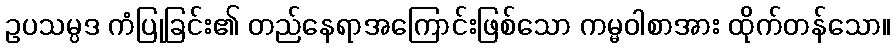
ဥပသမ္ပဒ ကံပြုခြင်း၏ တည်နေရာအကြောင်းဖြစ်သော ကမ္မဝါစာအား ထိုက်တန်သော။